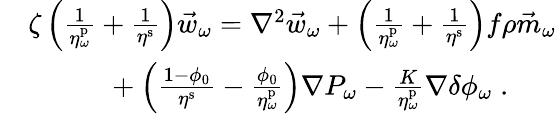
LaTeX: \begin{array}{rl}&{\zeta\left(\frac{1}{\eta_{\omega}^{\mathrm{p}}}+\frac{1}{\eta^{\mathrm{s}}}\right)\vec{w}_{\omega}=\nabla^{2}\vec{w}_{\omega}+\left(\frac{1}{\eta_{\omega}^{\mathrm{p}}}+\frac{1}{\eta^{\mathrm{s}}}\right)f\rho\vec{m}_{\omega}}\\ &{\ \ \ \ \ \ \ \ \ \ \ +\left(\frac{1-\phi_{0}}{\eta^{\mathrm{s}}}-\frac{\phi_{0}}{\eta_{\omega}^{\mathrm{p}}}\right)\nabla P_{\omega}-\frac{K}{\eta_{\omega}^{\mathrm{p}}}\nabla\delta\phi_{\omega}\; .}\end{array}